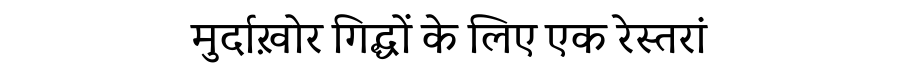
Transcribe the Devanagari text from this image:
मुर्दाख़ोर गिद्धों के लिए एक रेस्तरां